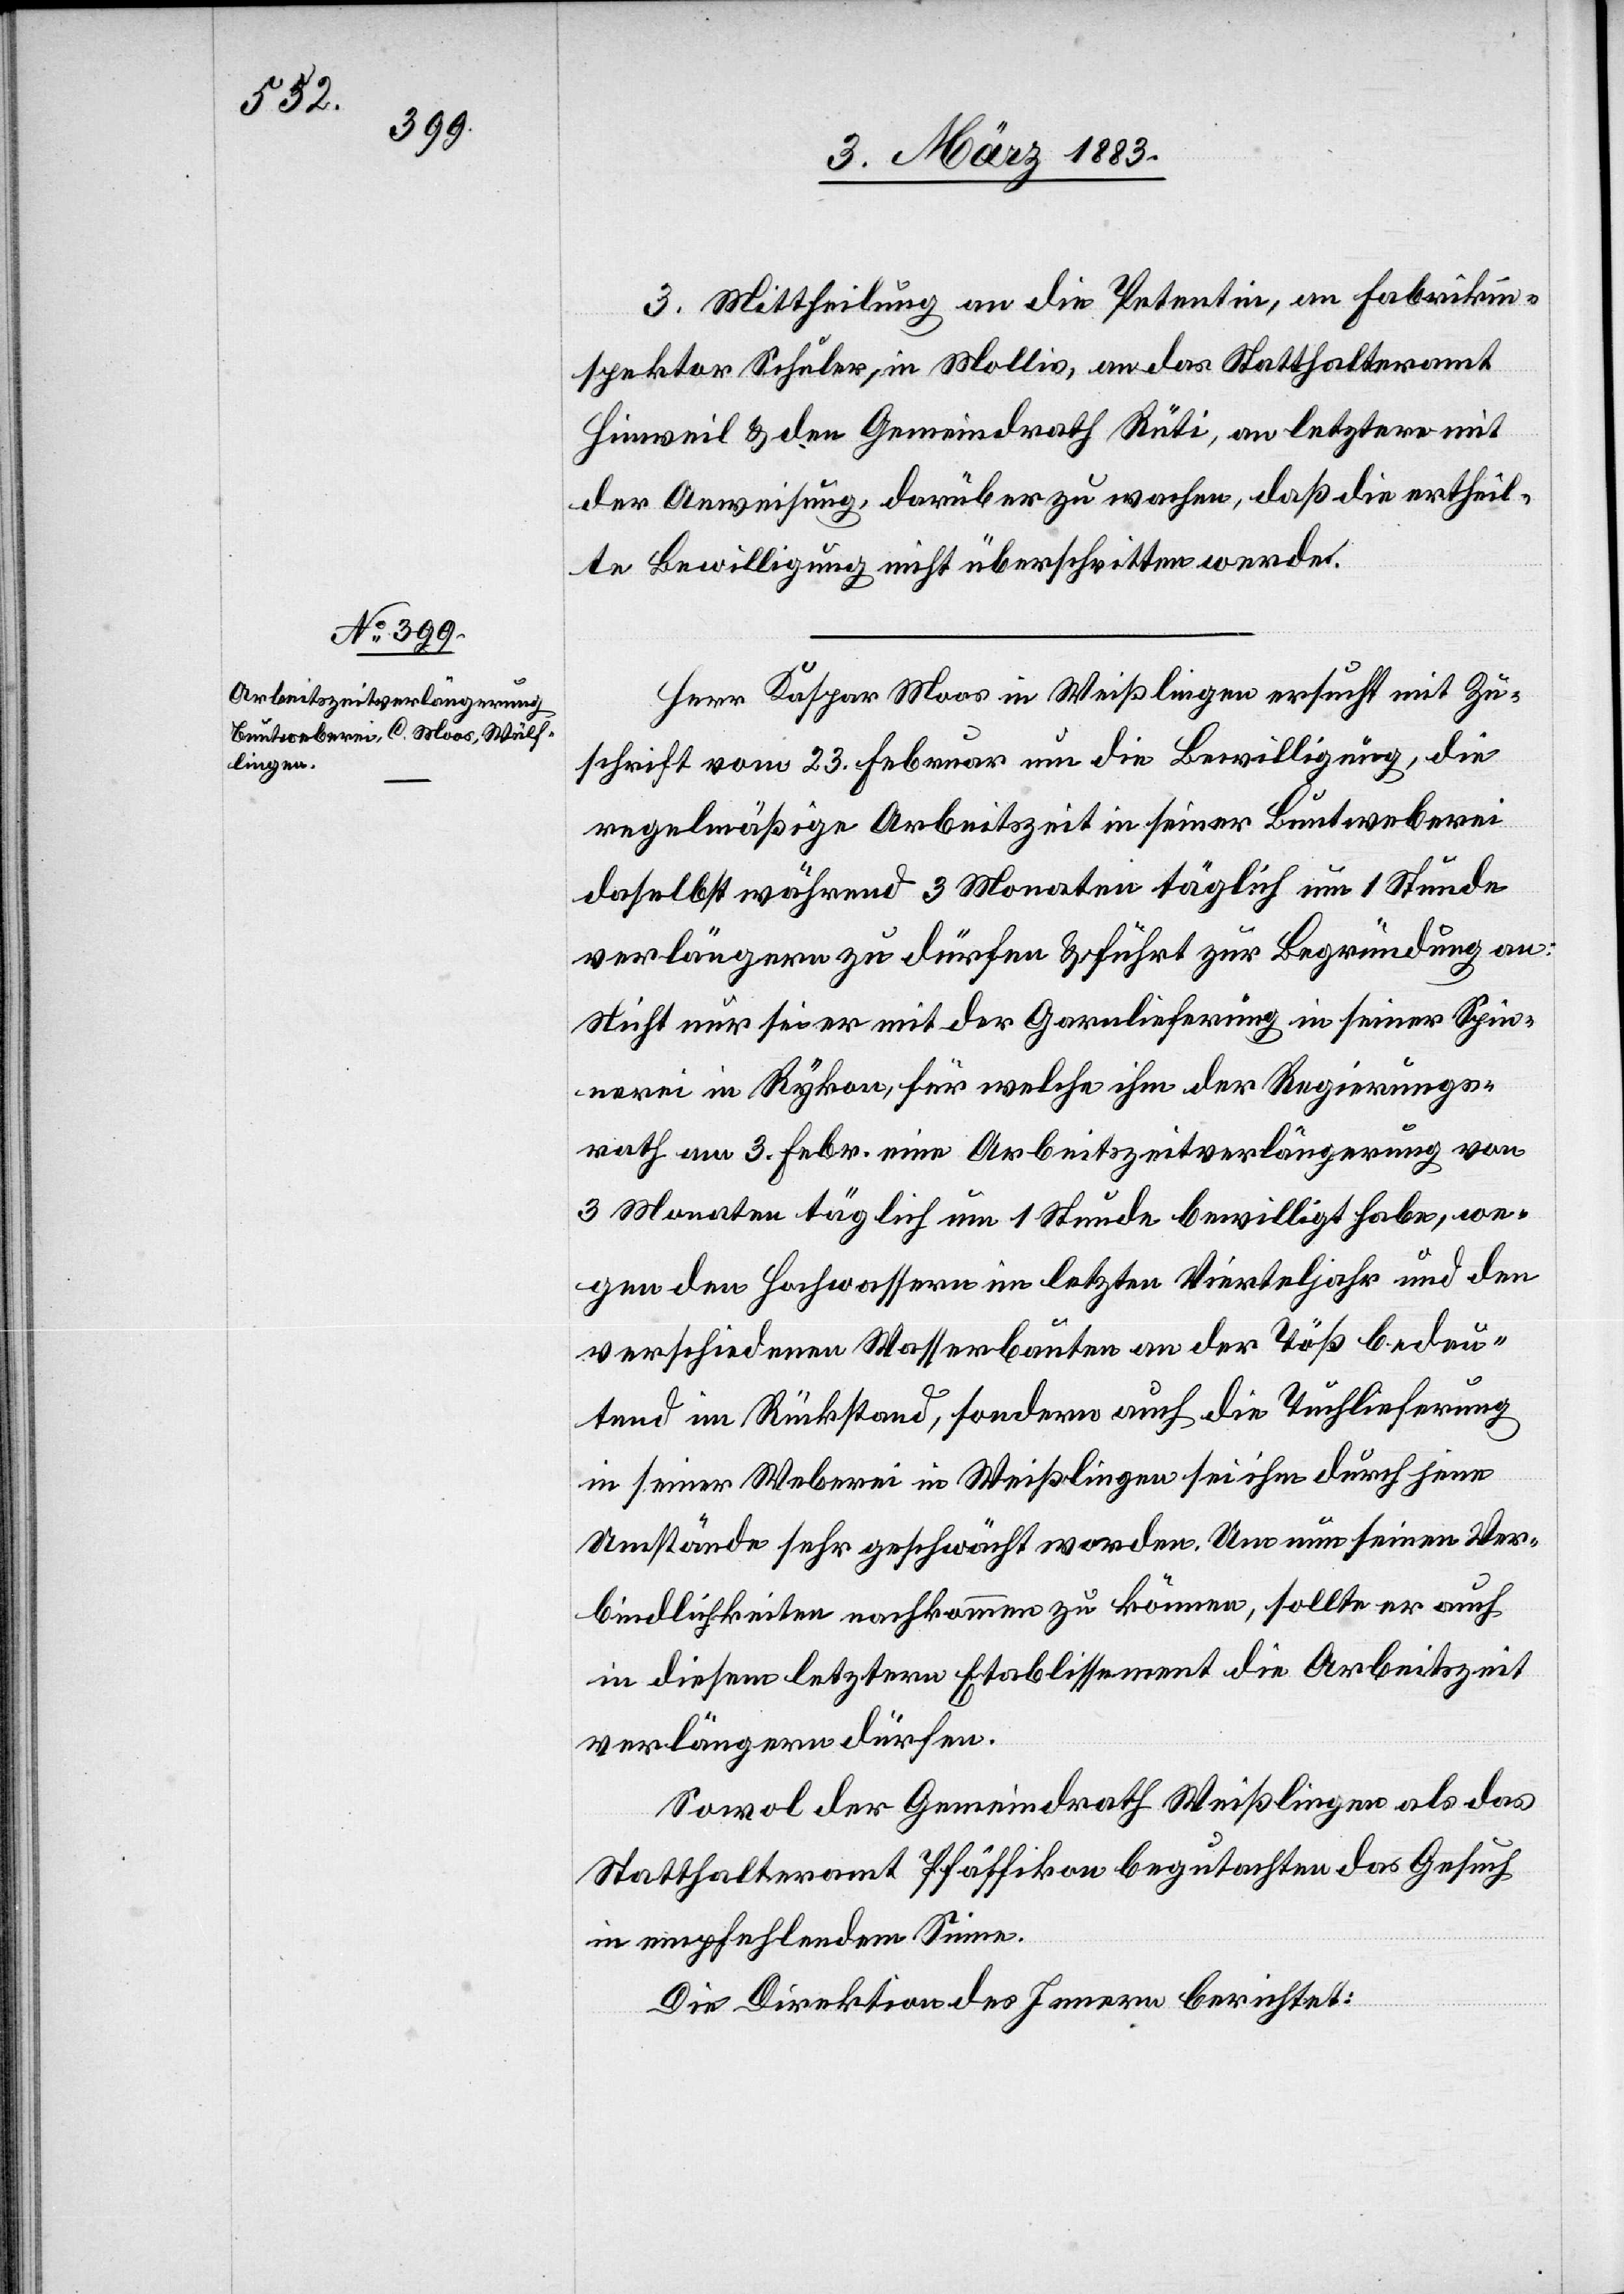
3. Mittheilung an die Petentin, an Fabrikin¬
spektor Schuler, in Mollis, an das Statthalteramt
Hinweil & den Gemeindrath Rüti, an letztere mit
der Anweisung, darüber zu wachen, daß die ertheil¬
te Bewilligung nicht überschritten werde.
Herr Kaspar Moos in Weißlingen [sic!] ersucht mit Zu¬
schrift vom 23. Februar um die Bewilligung, die
regelmäßige Arbeitszeit in seiner Buntweberei
daselbst während 3 Monaten täglich um 1 Stunde
verlängern zu dürfen & führt zur Begründung an:
Nicht nur sei er mit der Garnlieferung in seiner Spin¬
nerei in Rykon, für welche ihm der Regierungs¬
rath am 3. Febr. eine Arbeitszeitverlängerung von
3 Monaten täglich um 1 Stunde bewilligt habe, we¬
gen den Hochwassern im letzten Vierteljahr und den
verschiedenen Wasserbauten an der Töß bedeu¬
tend im Rückstand, sondern auch die Tuchlieferung
in seiner Weberei in Weißlingen sei ihm durch jene
Umstände sehr geschwächt worden. Um nun seinen Ver¬
bindlichkeiten nachkommen zu können, sollte er auch
in diesem letzten Etablissement die Arbeitszeit
verlängern dürfen.
Sowol der Gemeindrath Weißlingen als das
Statthalteramt Pfäffikon begutachten das Gesuch
in empfehlendem Sinne.
Die Direktion des Innern berichtet: